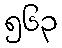
၅၆၃